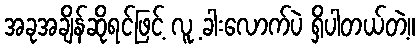
အခုအချိန်ဆိုရင်ဖြင့် လူ့ ခါးလောက်ပဲ ရှိပါတယ်တဲ့။